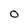
Character: O